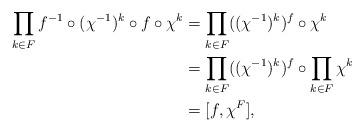
LaTeX: \begin{align*}\prod_{k \in F} f^{-1} \circ (\chi^{-1})^k \circ f \circ \chi^k &= \prod_{k \in F} ((\chi^{-1})^k)^f \circ \chi^k \\&= \prod_{k \in F} ((\chi^{-1})^k)^f \circ \prod_{k \in F} \chi^k \\&= [f, \chi^F],\end{align*}